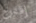
إقترح